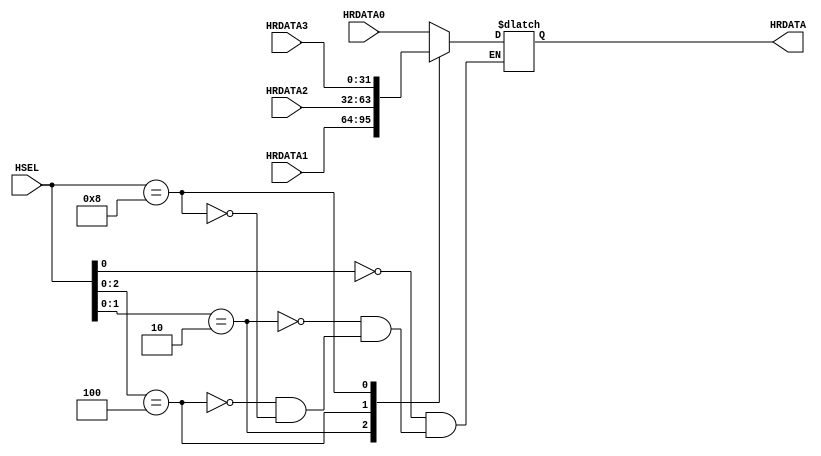
module ahb_mux(
	input  [3:0]  HSEL,
    input  [31:0] HRDATA0, HRDATA1, HRDATA2, HRDATA3,
               
	output [31:0] HRDATA
);
               
  always@(*)
    casez(HSEL)
      4'b???1: HRDATA = HRDATA0;
      4'b??10: HRDATA = HRDATA1;
      4'b?100: HRDATA = HRDATA2;
      4'b1000: HRDATA = HRDATA3;
    endcase
endmodule